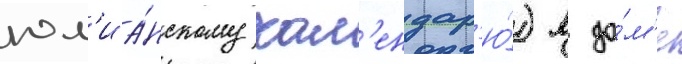
юл'иа́нскому кал'ендар'ю́) в до́м'е